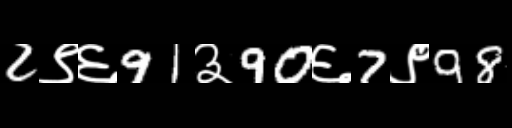
Text: 2९६91३90६7९98